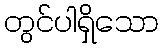
တွင်ပါရှိသော